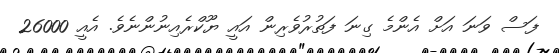
ފަސް ވަނަ އަށް އެންމެ ގިނަ ފަތުރުވެރިން އައީ ޔޫކްރެއިނުންނެވެ. އެއީ 26000